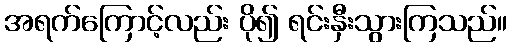
အရက်ကြောင့်လည်း ပို၍ ရင်းနှီးသွားကြသည်။